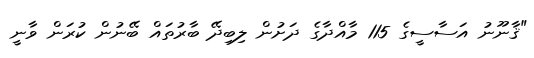
"ޤާނޫނު އަސާސީގެ 115 މާއްދާގެ ދަށުން ލިބިދޭ ބާރުތައް ބޭނުން ކުރަން ވާނީ